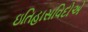
ઇતિહાસવિદોએ